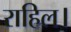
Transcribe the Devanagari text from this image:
राहिल।